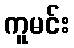
ကူမင်း